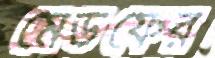
মেডফের